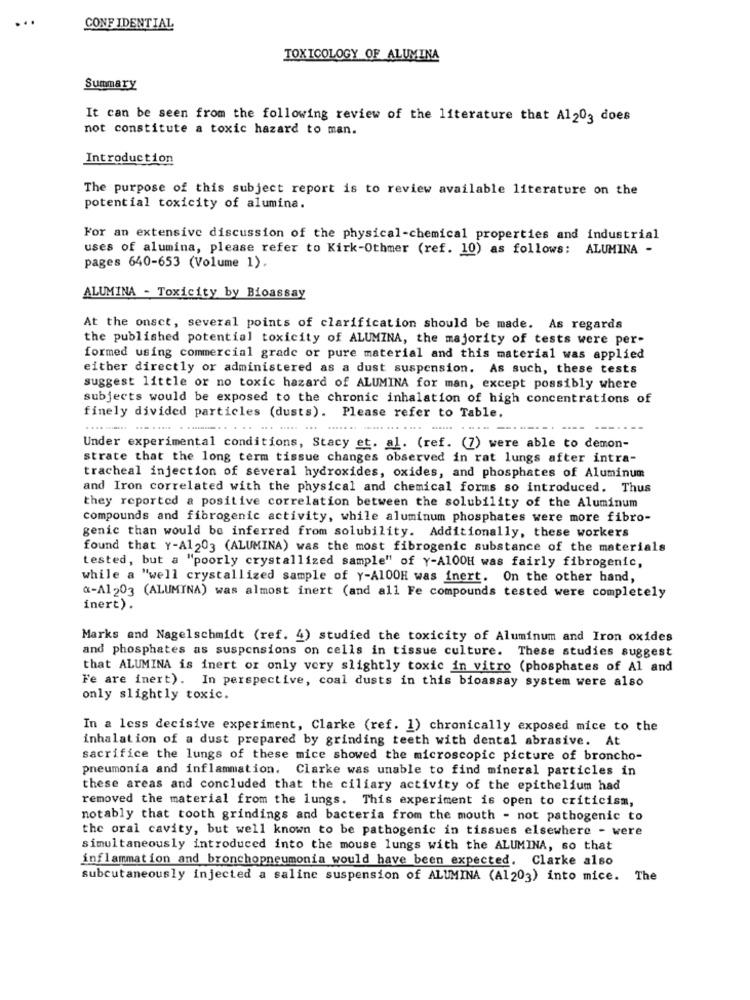
...
CONFIDENTIAL
TOXICOLOGY OF ALUMINA
Summary
It can be seen from the following review of the literature that Al203 does
not constitute a toxic hazard to man.
Introduction
The purpose of this subject report is to review available literature on the
potential toxicity of alumina.
For an extensive discussion of the physical-chemical properties and industrial
uses of alumina, please refer to Kirk-Othmer (ref. 10) as follows: ALUMINA -
pages 640-653 (Volume 1).
ALUMINA - Toxicity by Bioassay
At the onsct, several points of clarification should be made. As regards
the published potential toxicity of ALUMINA, the majority of tests were per-
formed using commercial grade or pure material and this material was applied
either directly or administered as a dust suspension. As such, these tests
suggest little or no toxic hazard of ALUMINA for man, except possibly where
subjects would be exposed to the chronic inhalation of high concentrations of
finely divided particles (dusts). Please refer to Table.
....
Under experimental conditions, Stacy et. al. (ref. (7) were able to demon-
strate that the long term tissue changes observed in rat lungs after intra-
tracheal injection of several hydroxides, oxides, and phosphates of Aluminum
and Iron correlated with the physical and chemical forms so introduced. Thus
they reported a positive correlation between the solubility of the Aluminum
compounds and fibrogenic activity, while aluminum phosphates were more fibro-
genic than would be inferred from solubility. Additionally, these workers
found that Y-A1203 (ALUMINA) was the most fibrogenic substance of the materials
tested, but a "poorly crystallized sample" of Y-A100H was fairly fibrogenic,
while a "well crystallized sample of Y-AlOOH was inert. On the other hand,
a-A1203 (ALUMINA) was almost inert (and all Fe compounds tested were completely
inert).
Marks and Nagelschmidt (ref. 4) studied the toxicity of Aluminum and Iron oxides
and phosphates as suspensions on cells in tissue culture. These studies suggest
that ALUMINA is inert or only very slightly toxic in vitro (phosphates of Al and
Fe are inert). In perspective, coal dusts in this bioassay system were also
only slightly toxic.
In a less decisive experiment, Clarke (ref. 1) chronically exposed mice to the
inhalation of a dust prepared by grinding teeth with dental abrasive. At
sacrifice the lungs of these mice showed the microscopic picture of broncho-
pneumonia and inflammation. Clarke was unable to find mineral particles in
these areas and concluded that the ciliary activity of the epithelium had
removed the material from the lungs. This experiment is open to criticism,
notably that tooth grindings and bacteria from the mouth - not pathogenic to
the oral cavity, but well known to be pathogenic in tissues elsewhere - were
simultaneously introduced into the mouse lungs with the ALUMINA, so that
inflammation and bronchopneumonia would have been expected. Clarke also
subcutaneously injected a saline suspension of ALUMINA (Al 203) into mice. The